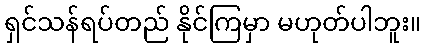
ရှင်သန်ရပ်တည် နိုင်ကြမှာ မဟုတ်ပါဘူး။